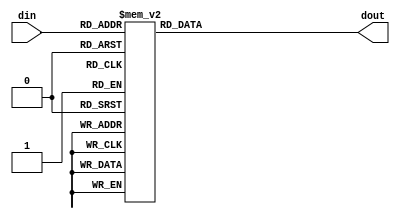
`timescale 1ns / 1ps
//////////////////////////////////////////////////////////////////////////////////
// Company: 
// Engineer: 
// 
// Design Name: 
// Module Name: seg7
// Project Name: 
// Target Devices: 
// Tool Versions: 
// Description: 
// 
// Dependencies: 
// 
// Revision:
// Revision 0.01 - File Created
// Additional Comments:
// 
//////////////////////////////////////////////////////////////////////////////////

module seg7(
    input wire [3:0]din,
    output reg [6:0]dout
    );
 
    always@(*)
    case(din)
        5'h0:dout = ~7'b100_0000;//gfedcba 
        5'h1:dout = ~7'b111_1001;
        5'h2:dout = ~7'b010_0100;
        5'h3:dout = ~7'b011_0000;
        5'h4:dout = ~7'b001_1001;
        5'h5:dout = ~7'b001_0010;
        5'h6:dout = ~7'b000_0010;
        5'h7:dout = ~7'b111_1000;
        5'h8:dout = ~7'b000_0000;
        5'h9:dout = ~7'b001_0000;
        5'ha:dout = ~7'b000_1000;
        5'hb:dout = ~7'b000_0011;
        5'hc:dout = ~7'b100_0110;
        5'hd:dout = ~7'b010_0001;
        5'he:dout = ~7'b000_0110;
        5'hf:dout = ~7'b000_1110;
        default:dout =~ 7'b111_1111;        
    endcase
    
    
endmodule